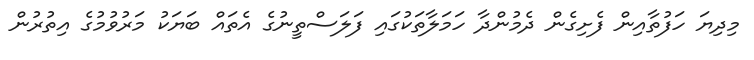
މިދިޔަ ހަފުތާއިން ފެށިގެން ދެމުންދާ ހަމަލާތަކުގައި ފަލަސްތީނުގެ އެތައް ބަޔަކު މަރުވުމުގެ އިތުރުން